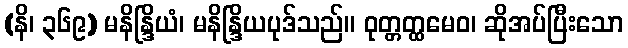
(နိ၊ ၃၆၉) မနိန္ဒြိယံ၊ မနိန္ဒြိယပုဒ်သည်။ ဝုတ္တတ္ထမေဝ၊ ဆိုအပ်ပြီးသော